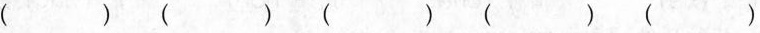
() () () () ()